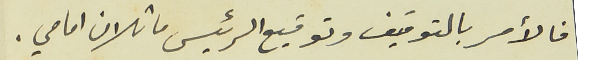
فالأمر بالتوقيف وتوقيع الرئيس ماثلان امامي.